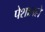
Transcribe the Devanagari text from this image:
पेशातले